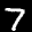
Label: 7